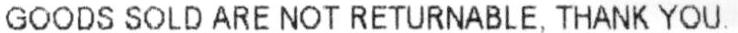
GOODS SOLD ARE NOT RETURNABLE, THANK YOU.